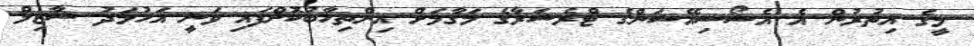
މީގެ އިތުރުން އެ އެސޯސިއޭޝަންގެ ޓްރެޝަރާގެ މަގާމަށް އިންތިހާބުކޮށްފައި ވަނީ އަހުމަދު ޝާޒިލް